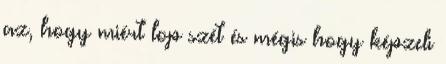
az, hogy miért lop szét és mégis hogy képzeli